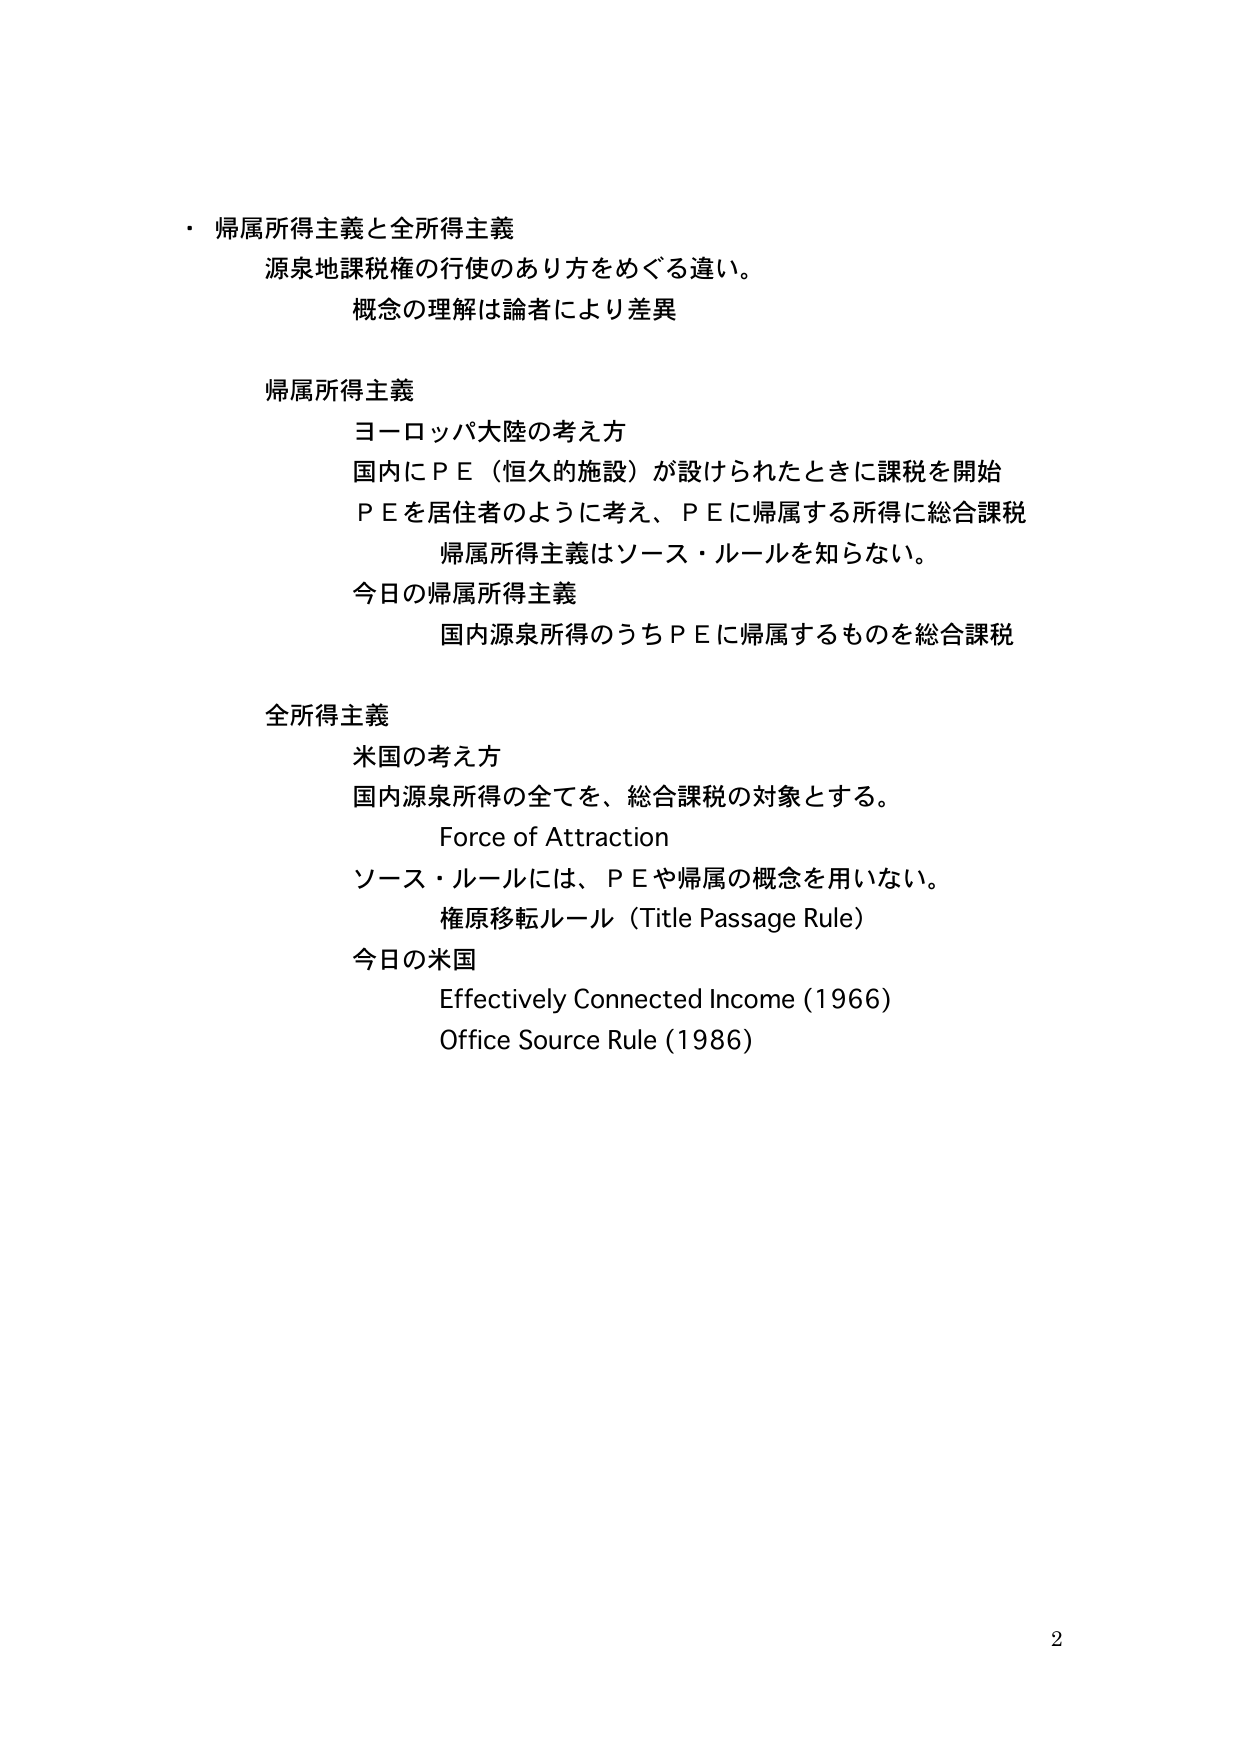
・帰属所得主義と全所得主義
源泉地課税権の行使のあり方をめぐる違い。
概念の理解は論者により差異

帰属所得主義
ヨーロッパ大陸の考え方
国内にＰＥ（恒久的施設）が設けられたときに課税を開始
ＰＥを居住者のように考え、ＰＥに帰属する所得に総合課税
　帰属所得主義はソース・ルールを知らない。
今日の帰属所得主義
　国内源泉所得のうちＰＥに帰属するものを総合課税

全所得主義
米国の考え方
国内源泉所得の全てを、総合課税の対象とする。
　Force of Attraction
ソース・ルールには、ＰＥや帰属の概念を用いない。
　権原移転ルール（Title Passage Rule）
今日の米国
　Effectively Connected Income (1966)
　Office Source Rule (1986)

2